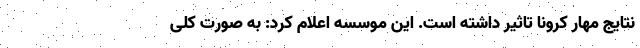
نتایج مهار کرونا تاثیر داشته است. این موسسه اعلام کرد: به صورت کلی